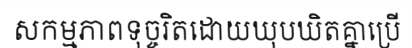
សកម្មភាពទុច្ចរិតដោយឃុបឃិតគ្នាប្រើ